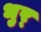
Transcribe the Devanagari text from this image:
धुर्